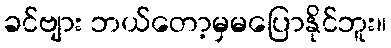
ခင်ဗျား ဘယ်တော့မှမပြောနိုင်ဘူး။